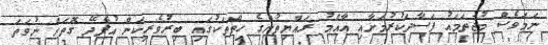
ނަމަވެސް މުޖުތަމައު ފަސާދަކުރުމަށާއި އާއްމު ރައްޔިތުންގެ ހިތްތަކުގައި ބިރުވެރިކަން އުފެދޭ ގޮތަށް ނުވަތަ